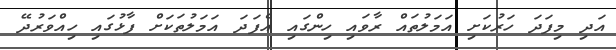
އަދި މިފަދަ ހަރުކަށި އަމަލުތައް ރާވައި ހިންގައި އެފަދަ އަމަލުތަކަށް ފާޅުގައި ހިއްވަރުދޭ